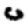
Digit: 0